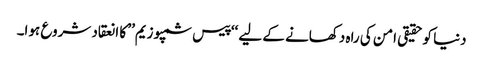
دنیا کوحقیقی امن کی راہ دکھانے کے لیے ‘‘پیس سمپوزیم’’ کا انعقاد شروع ہوا۔